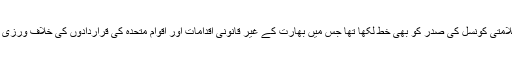
علاوہ ازیں شاہ محمود قریشی نے اقوام متحدہ کی سلامتی کونسل کی صدر کو بھی خط لکھا تھا جس میں بھارت کے غیر قانونی اقدامات اور اقوام متحدہ کی قراردادوں کی خلاف ورزی سے متعلق ہنگامی اجلاس بلانے کا مطالبہ کیا تھا۔